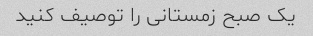
یک صبح زمستانی را توصیف کنید